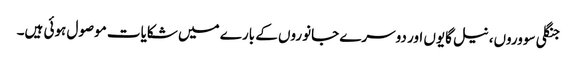
جنگلی سووروں، نیل گایوں اور دوسرے جانوروں کے بارے میں شکایات موصول ہوئی ہیں۔